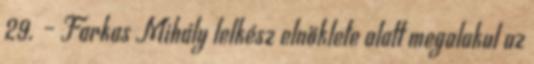
29. – Farkas Mihály lelkész elnöklete alatt megalakul az